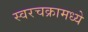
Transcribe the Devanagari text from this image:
स्वरचक्रामध्ये